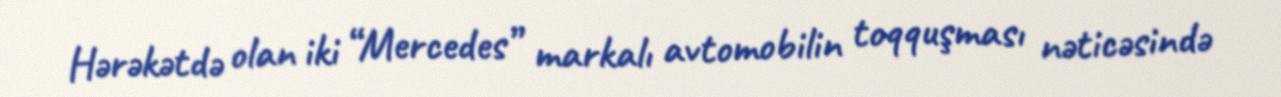
Hərəkətdə olan iki “Mercedes” markalı avtomobilin toqquşması nəticəsində